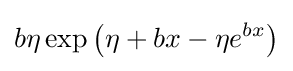
b\eta \exp \left(\eta +bx-\eta e^{bx}\right)